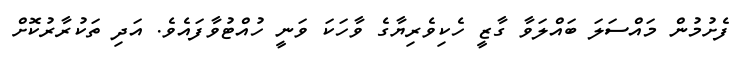
ފެށުމުން މައްސަލަ ބައްލަވާ ގާޒީ ހެކިވެރިޔާގެ ވާހަކަ ވަނީ ހުއްޓުވާފައެވެ. އަދި ތަކުރާރުކޮށް